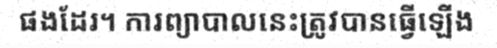
ផងដែរ។ ការព្យាបាលនេះត្រូវបានធ្វើឡើង